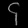
Digit: ၄